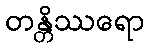
တန္တိဿရော